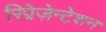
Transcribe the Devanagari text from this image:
रिप्रेज़ेन्टेशन